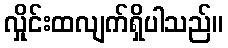
လှိုင်းထလျက်ရှိပါသည်။